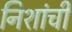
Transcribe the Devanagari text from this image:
निशांची